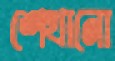
শেখানো